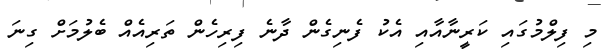
މި ފިލްމުގައި ކަރީނާއާއި އެކު ފެނިގެން ދާނެ ފިރިހެން ތަރިއެއް ބެލުމަށް ގިނަ